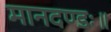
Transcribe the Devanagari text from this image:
मानदण्डः॥